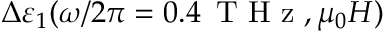
\Delta \varepsilon _ { 1 } ( \omega / 2 \pi = 0 . 4 \, \mathrm { ~ T ~ H ~ z ~ } , \mu _ { 0 } H )